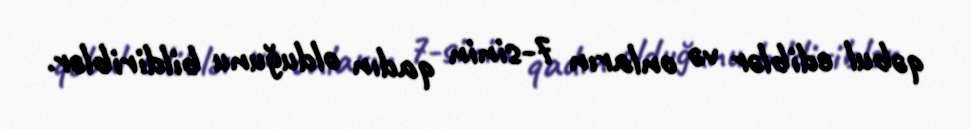
qəbul ediblər və onların 7-sinin qadın olduğunu bildiriblər.